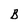
Character: B